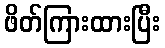
ဖိတ်ကြားထားပြီး